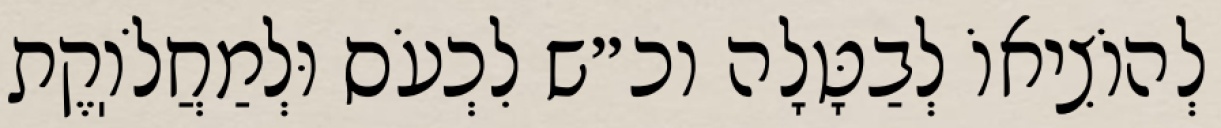
לְהוֹצִיאוֹ לְבַטָּלָה וכ״ש לִכְעֹס וּלְמַחֲלֹוֽקֶת